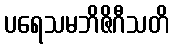
ပရေသမဘိဇိဂီသတိ